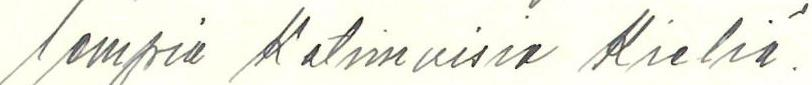
lempia Kotimaisia Kieliä.